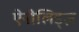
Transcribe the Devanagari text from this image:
ऐनीलिड्ज़